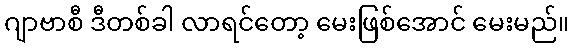
ဂျာဗာစီ ဒီတစ်ခါ လာရင်တော့ မေးဖြစ်အောင် မေးမည်။